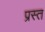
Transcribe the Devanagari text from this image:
प्रस्त